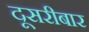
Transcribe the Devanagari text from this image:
दूसरीबार